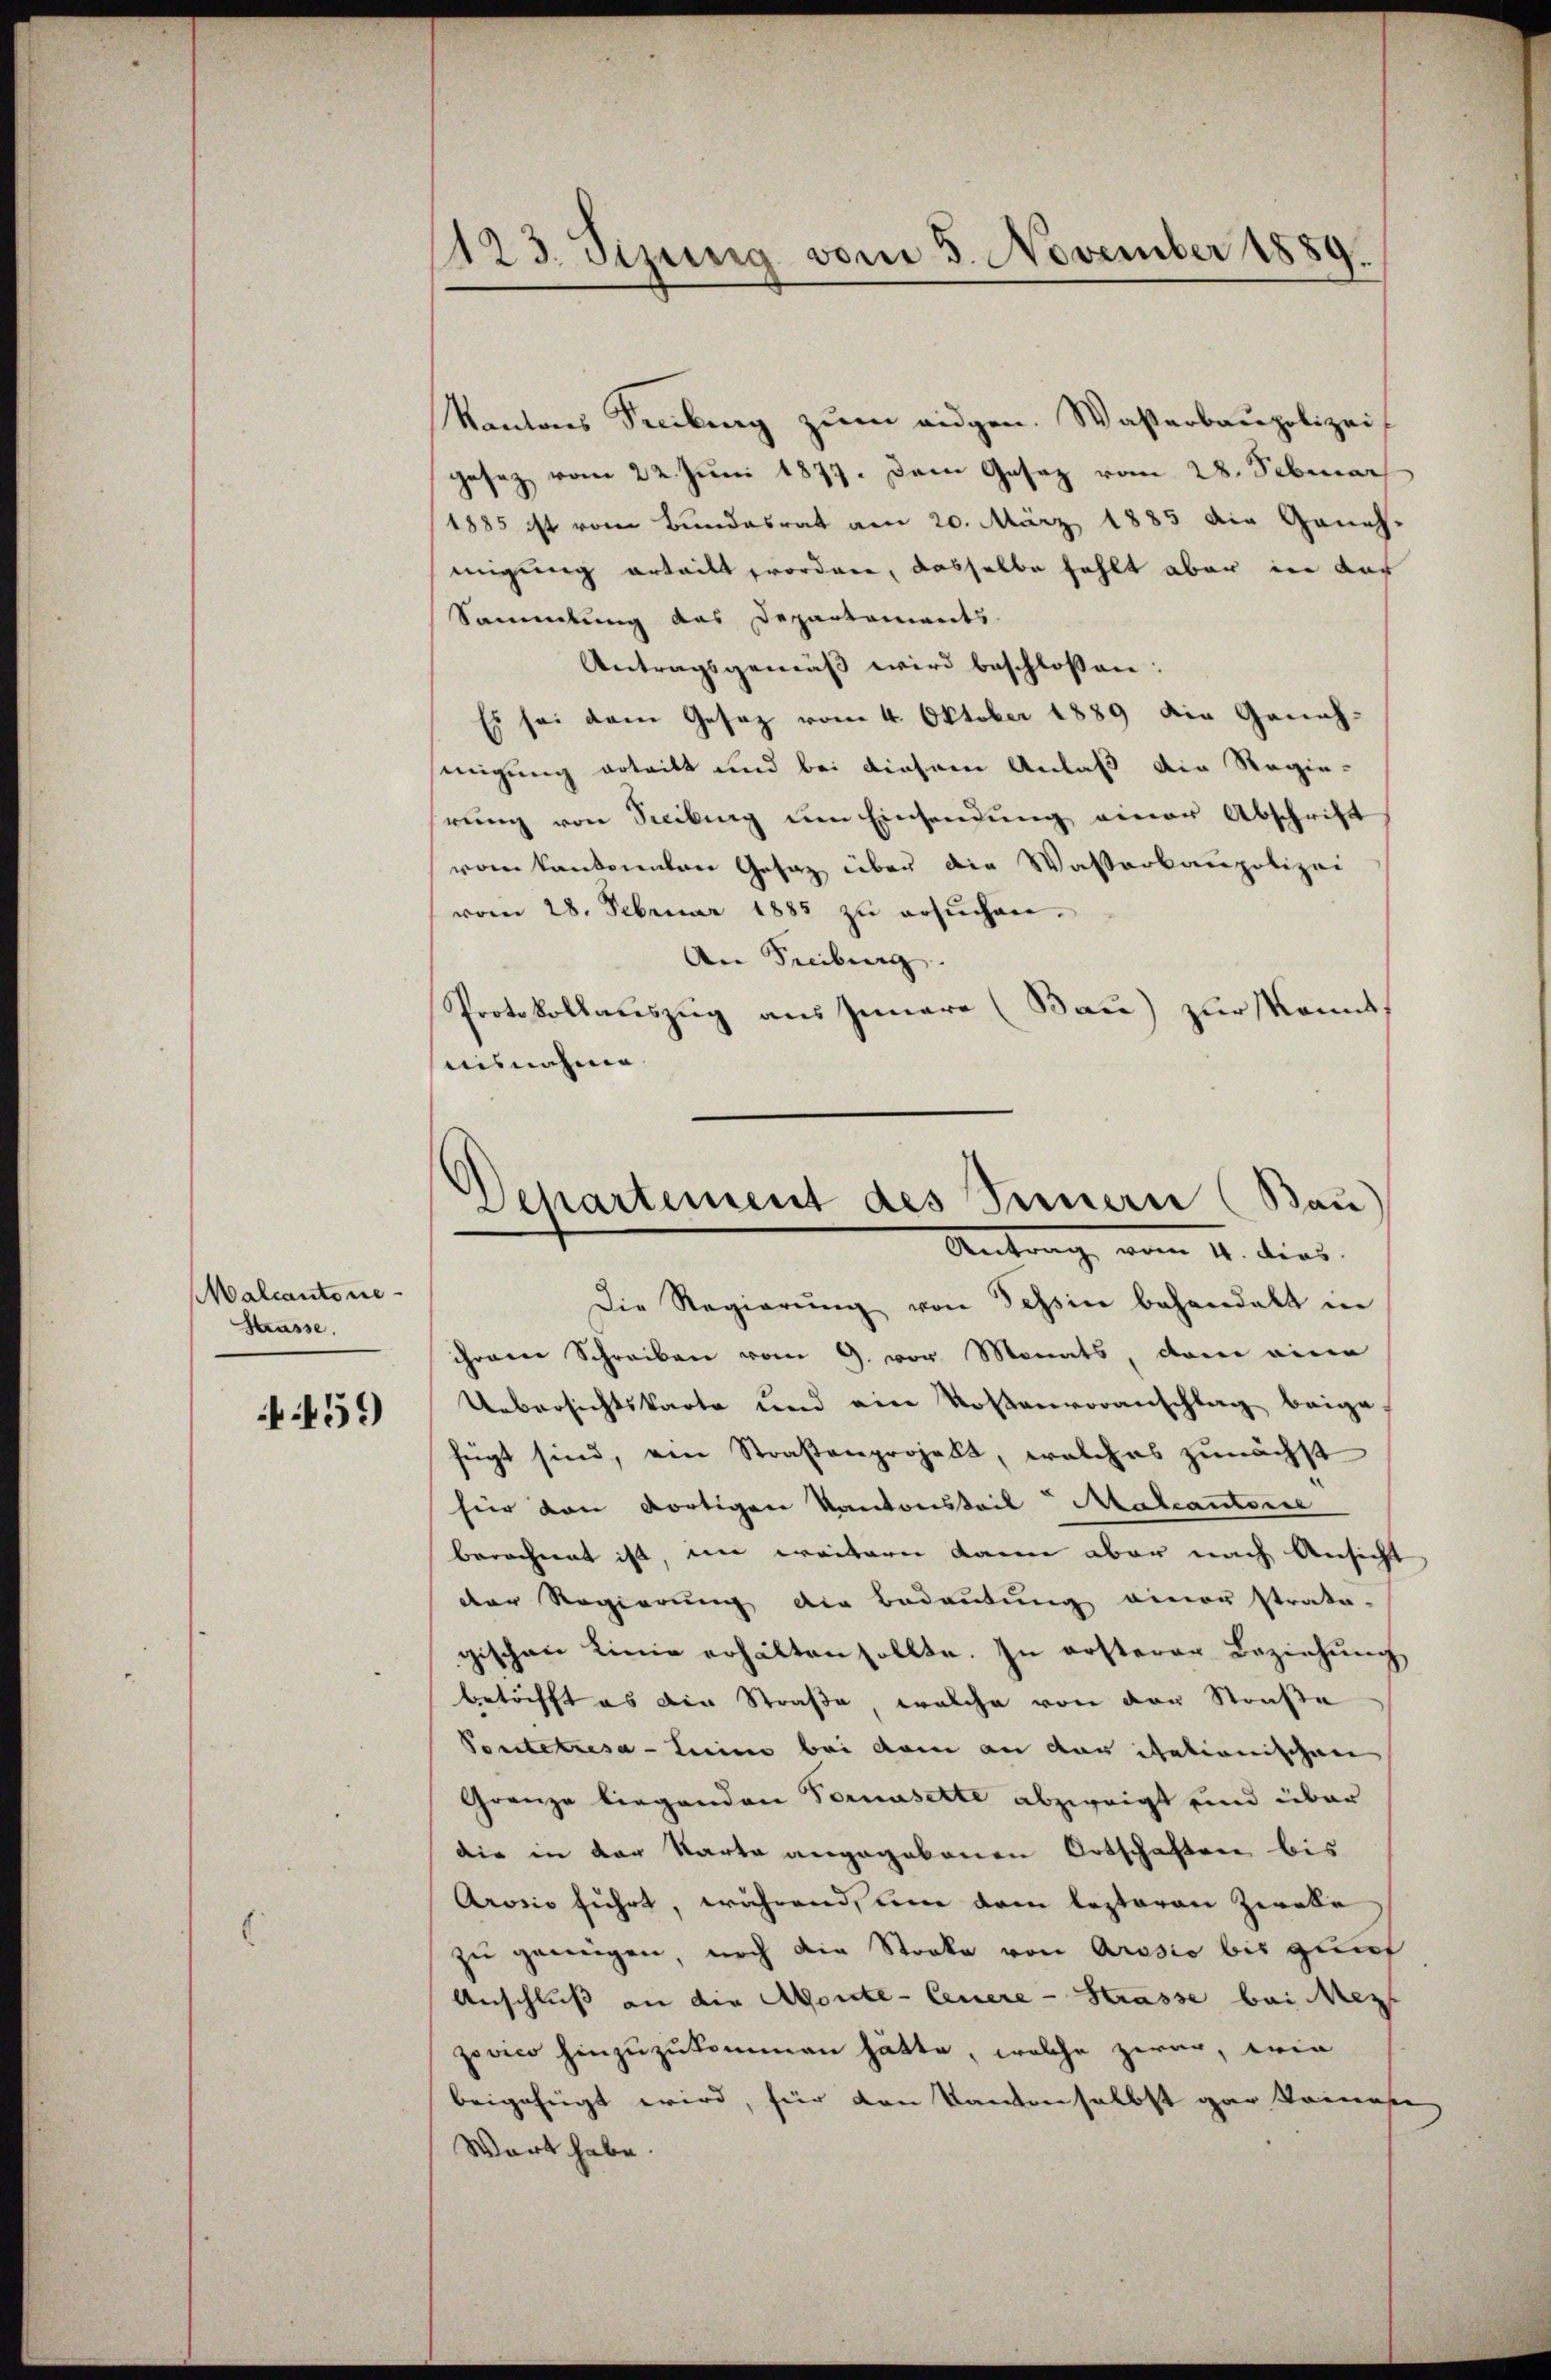
Malcantone
Strasse.

459)

123. Sizung vom 5. November 1889

Kantons Senkung zum augen. Wasserbaupolizei
gesez vom 22. Juni 1877. Dem Gesez vom 28. Sebruar
1885 ist vom Bundesrat am 20. März 1885 die Geneh-
migung erteilt worden, dasselbe fehlt aber in das
Sammlung des Departements
Antragsgemäß wird beschlossen:
Es sei dem Gesez vom 4. Oktober 1889 die Geneh-
migung ertritt und bei dieser Anlaß die Regie-
rŭng von Seibung um Einsendung einer Abschrift
vom kantonalen Gesaz über die Wasserbaupolizei
vom 28. Februar 1885 zŭ ersŭchen.
An Freiburg.
Protokollauszug aus Innere (Bau) zur konnt
uisnahme
Die Regierŭng von Tessin behandelt in
ihrem Schreiben vom 9. vor Monats, dem eine
Uebersichtskarte und ein Kostenvoranschlag beige
fügt sind, ein Straßenprojekt, welches zunächst
hier von dortigen Kantonsteil Malcantore
berechnet ist, im weitern kann aber nach Ansicht
der Regierung der Bedeutung einer strata-
gischen Linie erhalten sollte. In ersterer Beziehŭng
betrifft es die Straße, welche von der Straße
Ponteresa - Leine bei dem an der itationischen
Granze liegenden Fornasette abzweigt und über
die in der Karte angegebenen Ortschaften bis
Arosis führt, während, um dem lezteren Zweke
zu genügen, noch die Streke von Arssio bis zunf
Anschluß an die Monte-Ceuere - Strasse bei Mez
povico hinzuzukommen hätte, welche zwar, wie
beigefügt wird, für den Kanton selbst gar keines
Wart habe.

Dchartement des Innern (Bau
Antrag vom 11. dies